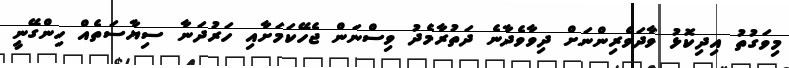
މިވަގުތު އިދިކޮޅު ވާދަވެރިންނަށް ދިވާވެދާނެ ދަތުރާމެދު ވިސްނަން ޖެހޭކަމަށާއި ހަރުދަނާ ސިޔާސަތެއް ހިންގޭނީ